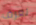
تعرف